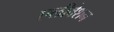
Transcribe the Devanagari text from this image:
एलीवेशन